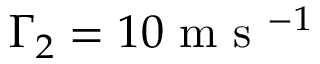
\Gamma _ { 2 } = 1 0 \mathrm { ~ m ~ s ~ } ^ { - 1 }